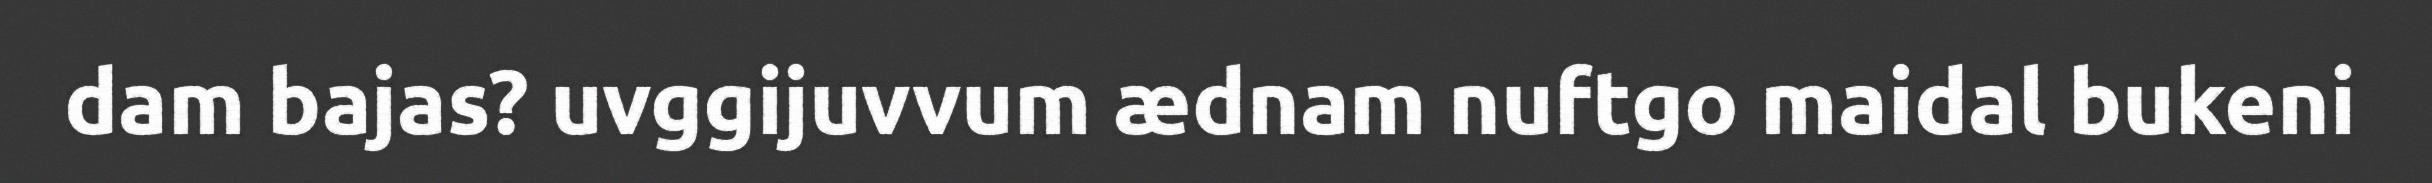
dam bajas? uvggijuvvum ædnam nuftgo maidal bukeni